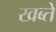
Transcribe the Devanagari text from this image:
खब्ते